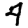
Digit: 4